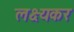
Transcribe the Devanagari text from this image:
लक्ष्यकर